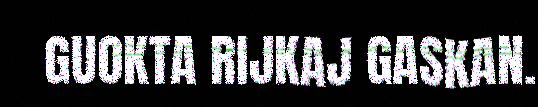
GUOKTA RIJKAJ GASKAN.